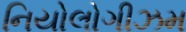
નિયોલોગીઝમ